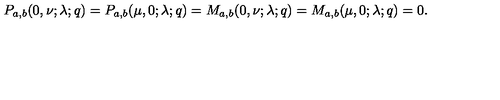
P _ { a , b } ( 0 , \nu ; \lambda ; q ) = P _ { a , b } ( \mu , 0 ; \lambda ; q ) = M _ { a , b } ( 0 , \nu ; \lambda ; q ) = M _ { a , b } ( \mu , 0 ; \lambda ; q ) = 0 .